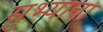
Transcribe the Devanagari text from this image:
सुभ्याचा